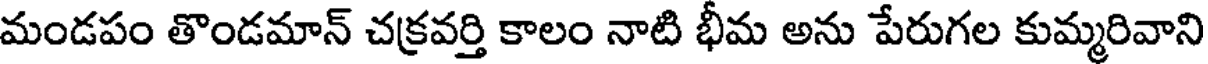
మండపం తొండమాన్ చక్రవర్తి కాలం నాటి భీమ అను పేరుగల కుమ్మరివాని